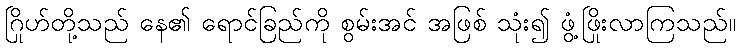
ဂြိုဟ်တို့သည် နေ၏ ရောင်ခြည်ကို စွမ်းအင် အဖြစ် သုံး၍ ဖွံ့ဖြိုးလာကြသည်။